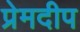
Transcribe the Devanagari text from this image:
प्रेमदीप